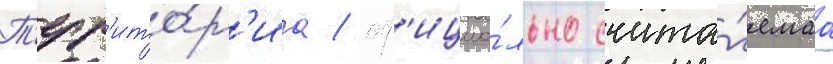
Т'ерр'ито́р'иа / оф'ициа́льно счита́емаа